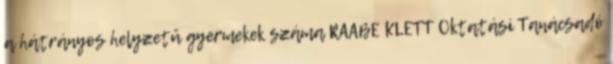
a hátrányos helyzetű gyermekek száma RAABE KLETT Oktatási Tanácsadó